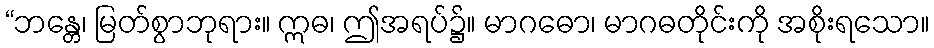
“ဘန္တေ၊ မြတ်စွာဘုရား။ ဣဓ၊ ဤအရပ်၌။ မာဂဓော၊ မာဂဓတိုင်းကို အစိုးရသော။